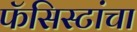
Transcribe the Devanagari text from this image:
फॅसिस्टांचा